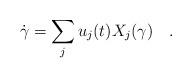
LaTeX: \begin{align*} \dot\gamma = \sum_j u_j(t)X_j(\gamma)\quad. \end{align*}